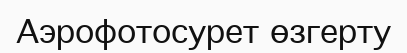
Aэрофотосурет өзгерту